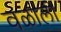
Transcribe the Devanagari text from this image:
वळाली